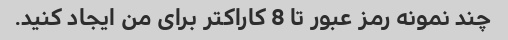
چند نمونه رمز عبور تا 8 کاراکتر برای من ایجاد کنید.